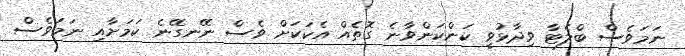
ނަމަވެސް ބްލެޓާ ވިދާޅުވީ ކަންކަންވާނެ ގޮތެއް އެކަކަށް ވެސް ނޭނގޭނެ ކަމަށާއި ނަމަވެސް